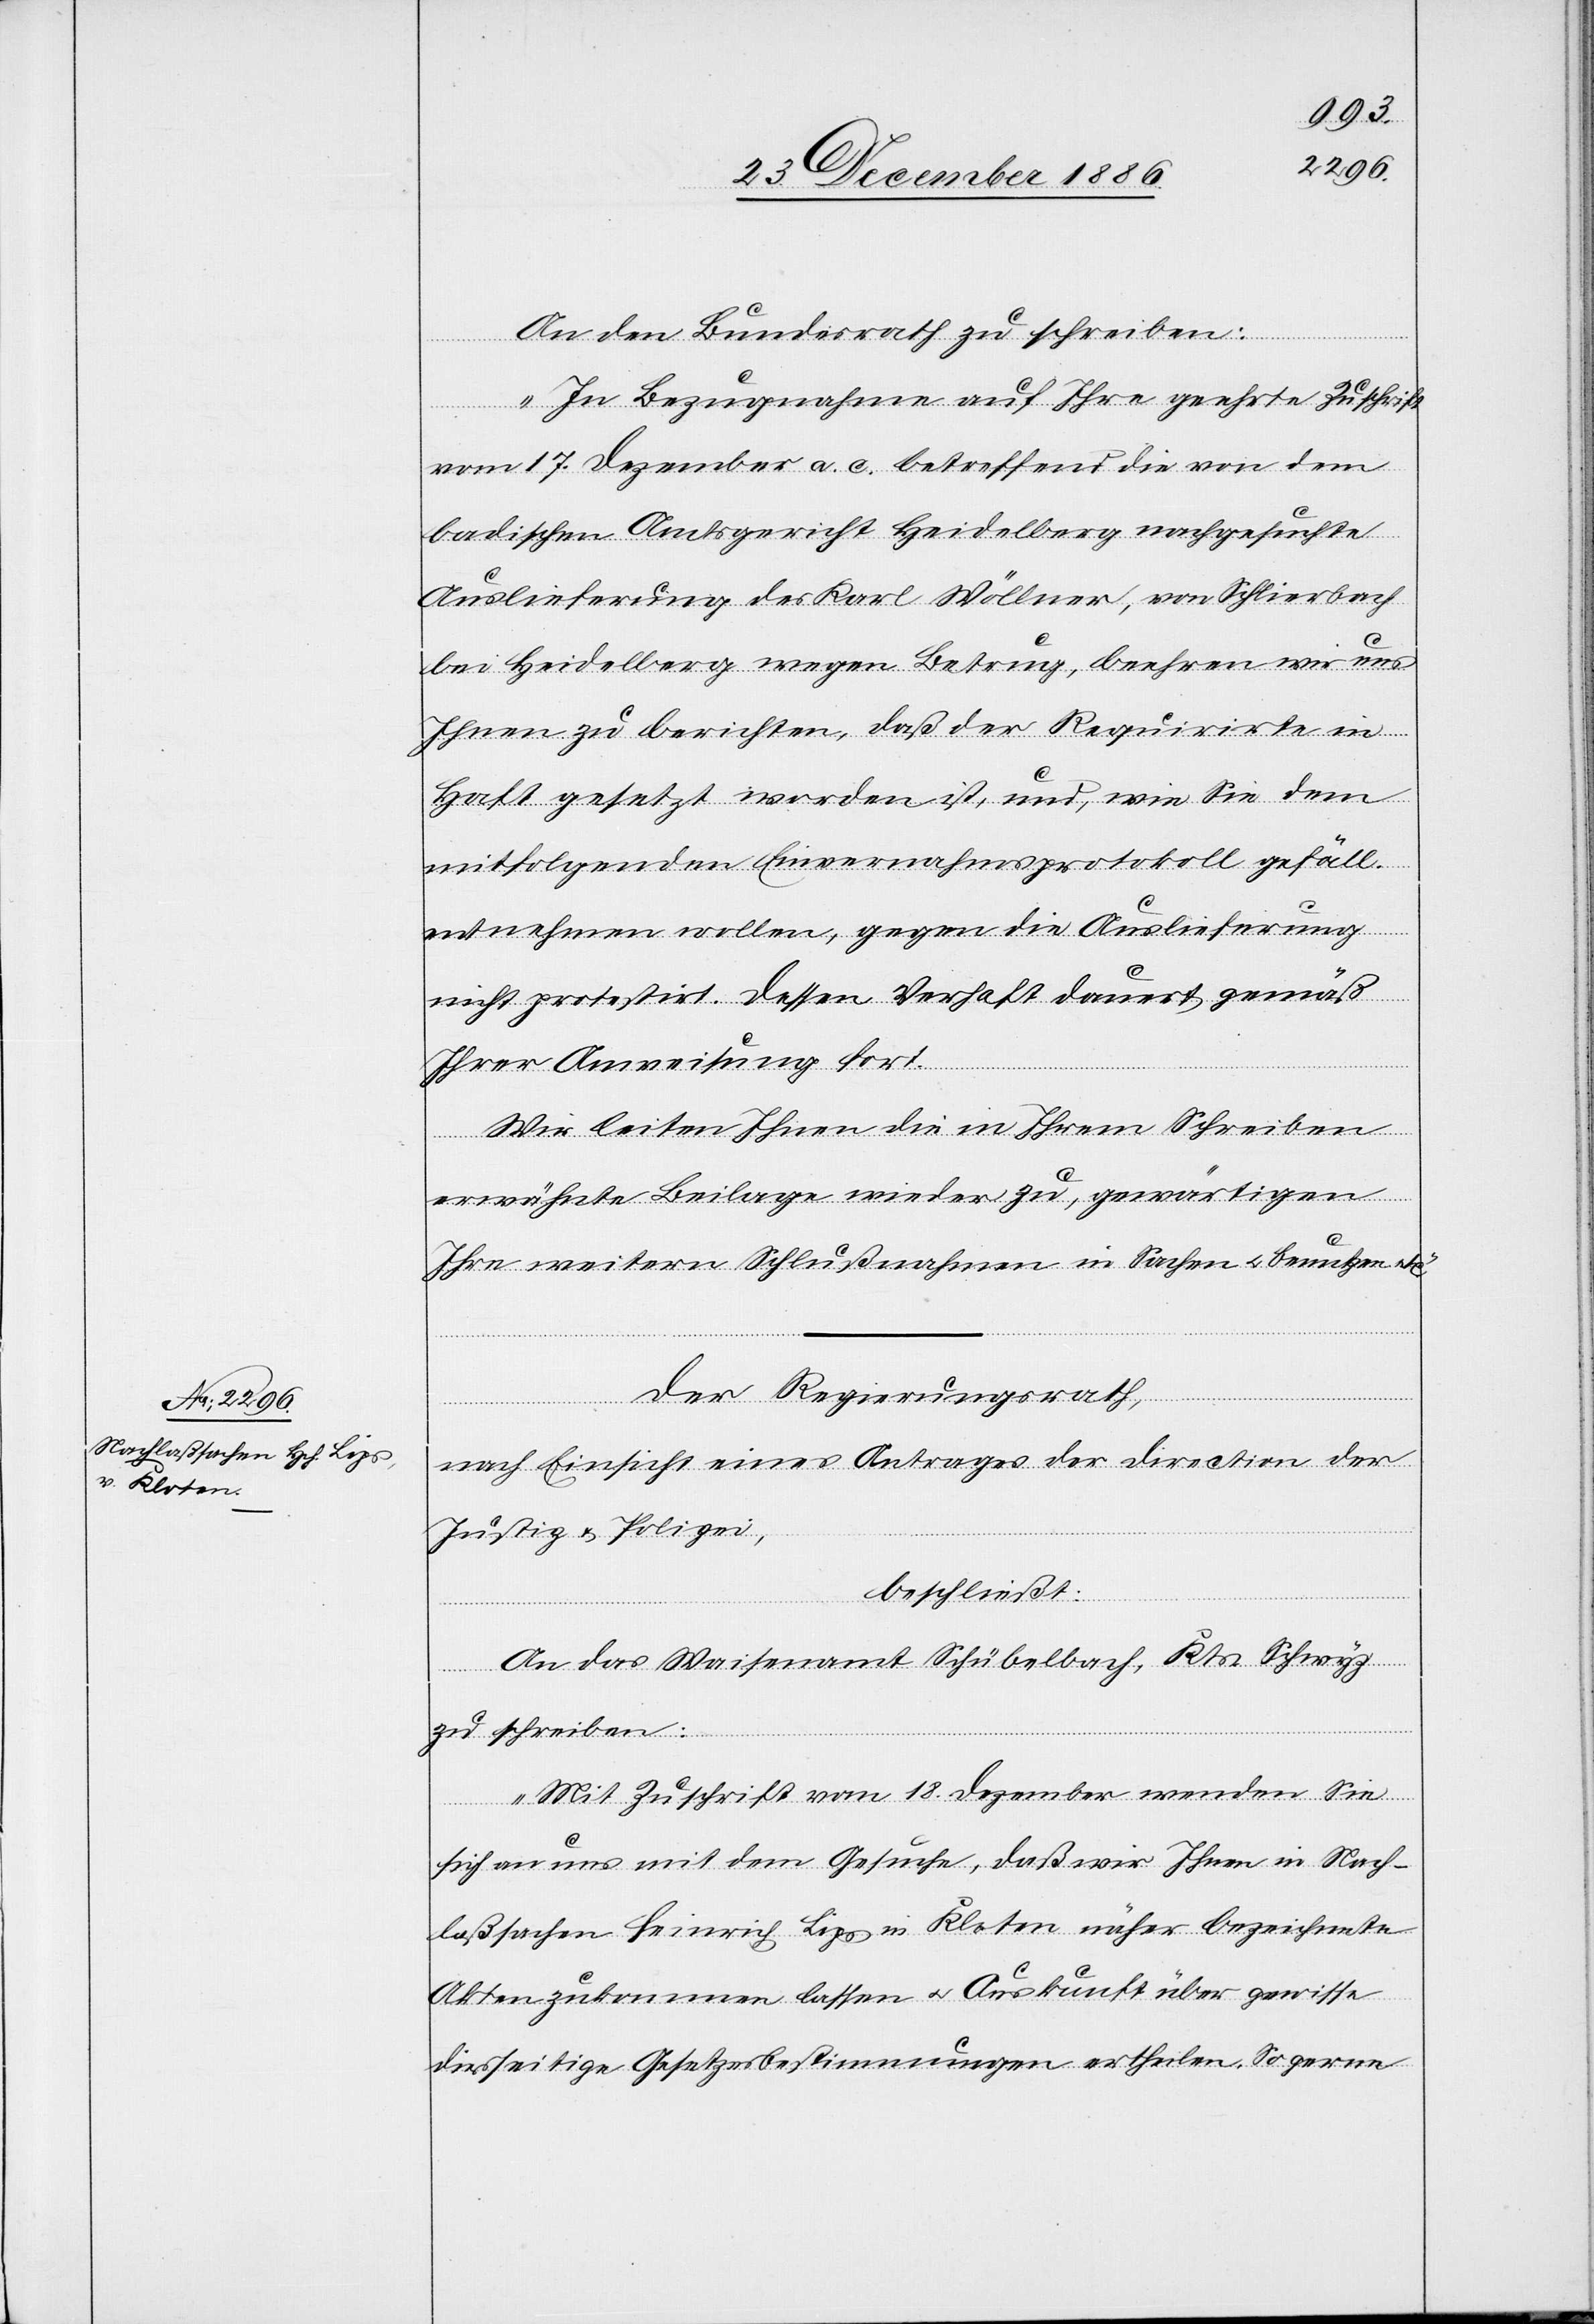
An den Bundesrath zu schreiben:
„In Bezugnahme auf Ihre geehrte Zuschrift
vom 17. Dezember a. c. betreffend die von dem
badischen Amtsgericht Heidelberg nachgesuchte
Auslieferung des Karl Wöllner, von Schlierbach
bei Heidelberg wegen Betrug, beehren wir uns
Ihnen zu berichten, daß der Requirirte in
Haft gesetzt worden ist, und, wie Sie dem
mitfolgenden Einvernahmsprotokoll gefäll.
entnehmen wollen, gegen die Auslieferung
nicht protestirt. Dessen Verhaft dauert gemäß
Ihrer Anweisung fort.
Wir leiten Ihnen die in Ihrem Schreiben
erwähnte Beilage wieder zu, gewärtigen
Ihre weitern Schlußnahmen in Sachen & benutzen etc.“
Der Regierungsrath,
nach Einsicht eines Antrages der Direction der
Justiz & Polizei,
beschließt:
An das Waisenamt Schübelbach, Kts. Schwyz
zu schreiben:
„Mit Zuschrift vom 18. Dezember wenden Sie
sich an uns mit dem Gesuche, daß wir Ihnen in Nach¬
laßsachen Heinrich Lips in Kloten näher bezeichnete
Akten zukommen lassen & Auskunft über gewisse
diesseitige Gesetzesbestimmungen ertheilen. So gerne